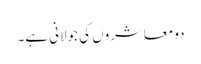
دو معاشروں کی جولانی ہے۔